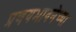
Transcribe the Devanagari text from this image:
प्रणयभावनेच्या